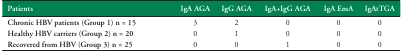
| Patients | IgA AGA | IgG AGA | IgA+IgG AGA | IgA EmA | IgAtTGA |
 | --- | --- | --- | --- | --- | --- |
 | Chronic HBV patients (Group 1) n = 15 | 3 | 2 | 0 | 0 | 0 |
 | Healthy HBV carriers (Group 2) n = 20 | 0 | 1 | 0 | 0 | 0 |
 | Recovered from HBV (Group 3) n = 25 | 0 | 0 | 1 | 0 | 0 |